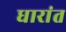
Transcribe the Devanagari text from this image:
धारांत